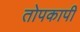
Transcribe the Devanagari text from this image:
तोपकापी